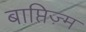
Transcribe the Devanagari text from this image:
बाप्तिज़्म